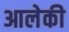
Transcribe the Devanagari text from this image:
आलेकी